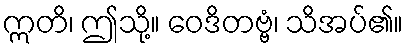
ဣတိ၊ ဤသို့။ ဝေဒိတဗ္ဗံ၊ သိအပ်၏။